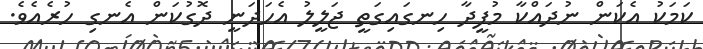
ކަމަކު އެކަން ނުދައްކާ މުފީދާ ހިނގައިގަތީ ޖަލީލު އެހަދަނީ ދޮގުކަން އެނގި ހުރެއެވެ.